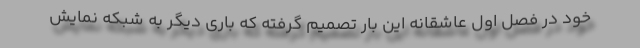
خود در فصل اول عاشقانه این بار تصمیم گرفته که باری دیگر به شبکه نمایش